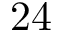
2 4